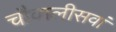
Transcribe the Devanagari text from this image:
चौवालीसवां